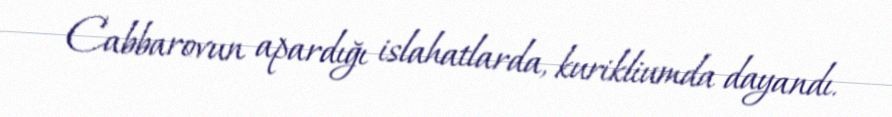
Cabbarovun apardığı islahatlarda, kurikliumda dayandı.